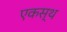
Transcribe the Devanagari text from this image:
एकस्थ